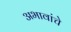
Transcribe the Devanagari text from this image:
अभावांचे